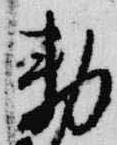
勅